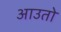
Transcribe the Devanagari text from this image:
आउतो